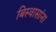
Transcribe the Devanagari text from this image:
बिस्वासांना